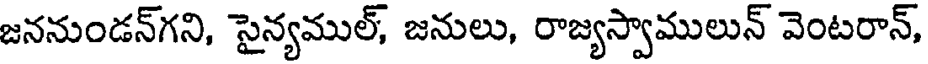
జననుండన్గని, సైన్యముల్, జనులు, రాజ్యస్వాములున్ వెంటరాన్,